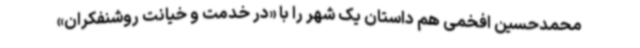
محمدحسین افخمی هم داستان یک شهر را با «در خدمت و خیانت روشنفکران»